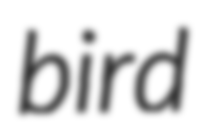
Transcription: bird